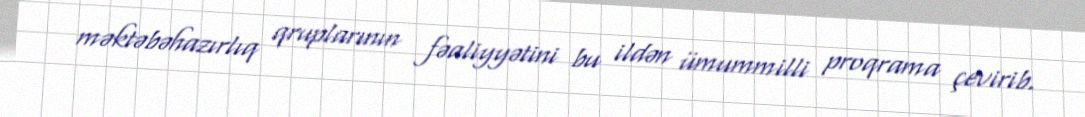
məktəbəhazırlıq qruplarının fəaliyyətini bu ildən ümummilli proqrama çevirib.